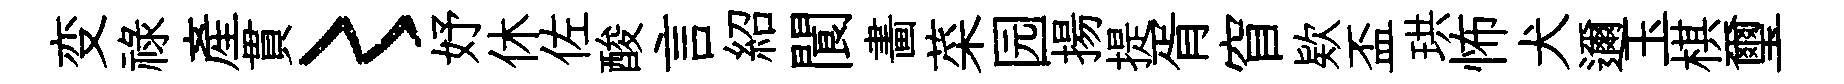
变祿産貫〻妤休佐酸言紹閬畵菜园揚提胥窅欵盃珙怖犬邇玉棋璽